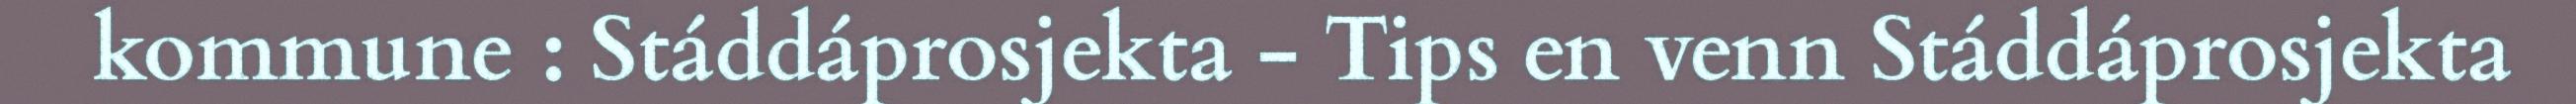
kommune : Stáddáprosjekta - Tips en venn Stáddáprosjekta